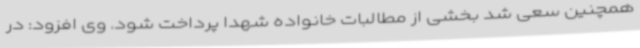
همچنین سعی شد بخشی از مطالبات خانواده شهدا پرداخت شود. وی افزود: در